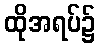
ထိုအရပ်၌